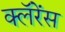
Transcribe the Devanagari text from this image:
क्लॅरेंस